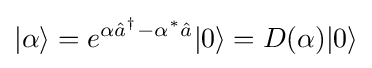
|\alpha \rangle =e^{\alpha {\hat {a}}^{\dagger }-\alpha ^{*}{\hat {a}}}|0\rangle =D(\alpha )|0\rangle